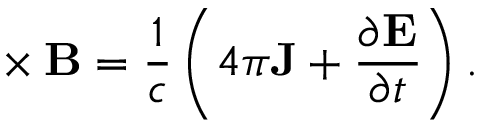
\mathbf { \nabla } \times \mathbf { B } = { \frac { 1 } { c } } \left( 4 \pi \mathbf { J } + { \frac { \partial \mathbf { E } } { \partial t } } \right) .